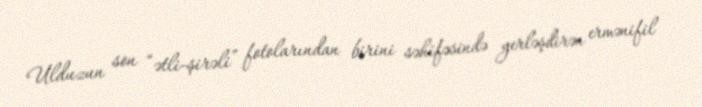
Ulduzun son “ətli-şirəli” fotolarından birini səhifəsində yerləşdirən ermənifil